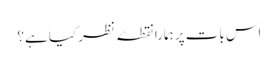
اس بات پر ہمارا نقطۂ نظر کیا ہے؟